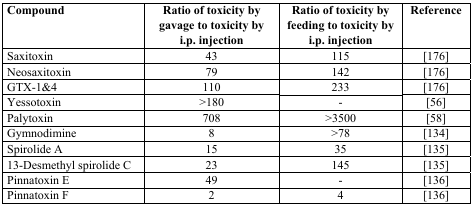
<table><thead><tr><td><b>Compound</b></td><td><b>Ratio of toxicity by gavage to toxicity by i.p. injection</b></td><td><b>Ratio of toxicity by feeding to toxicity by i.p. injection</b></td><td><b>Reference</b></td></tr></thead><tbody><tr><td>Saxitoxin</td><td>43</td><td>115</td><td>[176]</td></tr><tr><td>Neosaxitoxin</td><td>79</td><td>142</td><td>[176]</td></tr><tr><td>GTX-1&amp;4</td><td>110</td><td>233</td><td>[176]</td></tr><tr><td>Yessotoxin</td><td>&gt;180</td><td>-</td><td>[56]</td></tr><tr><td>Palytoxin</td><td>708</td><td>&gt;3500</td><td>[58]</td></tr><tr><td>Gymnodimine</td><td>8</td><td>&gt;78</td><td>[134]</td></tr><tr><td>Spirolide A</td><td>15</td><td>35</td><td>[135]</td></tr><tr><td>13-Desmethyl spirolide C</td><td>23</td><td>145</td><td>[135]</td></tr><tr><td>Pinnatoxin E</td><td>49</td><td>-</td><td>[136]</td></tr><tr><td>Pinnatoxin F</td><td>2</td><td>4</td><td>[136]</td></tr></tbody></table>